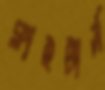
ক্লাইটার্স